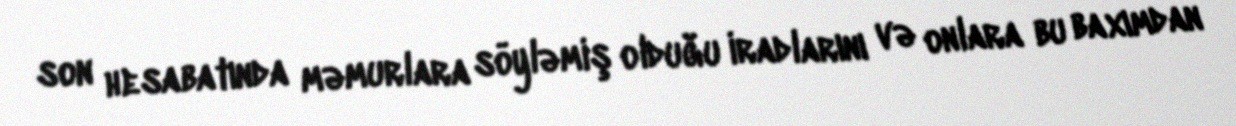
son hesabatında məmurlara söyləmiş olduğu iradlarını və onlara bu baxımdan